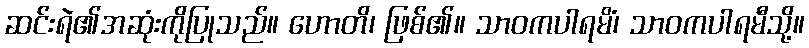
ဆင်းရဲ၏အဆုံးကိုပြုသည်။ ဟောတိ၊ ဖြစ်၏။ သာဝကပါရမိံ၊ သာဝကပါရမီသို့။